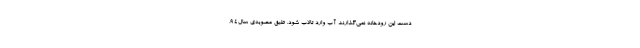
دست این رودخانه نمی‌گذارند آب وارد تالاب شود. طبق مصوبه‌ی سال۹۴،